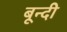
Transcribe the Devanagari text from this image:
बून्‍दी